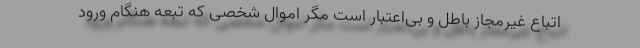
اتباع غیرمجاز باطل و بی‌اعتبار است مگر اموال شخصی که تبعه هنگام ورود